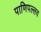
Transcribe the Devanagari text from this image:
पाणिपल्लव